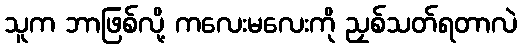
သူက ဘာဖြစ်လို့ ကလေးမလေးကို ညှစ်သတ်ရတာလဲ